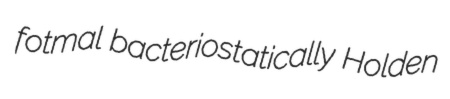
fotmal bacteriostatically Holden